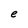
Character: e